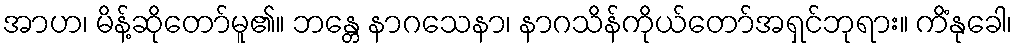
အာဟ၊ မိန့်ဆိုတော်မူ၏။ ဘန္တေ နာဂသေနာ၊ နာဂသိန်ကိုယ်တော်အရှင်ဘုရား။ ကိံနုခေါ၊